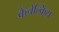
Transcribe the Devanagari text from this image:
कैंचेल्किस